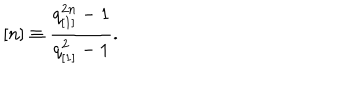
[ n ] \equiv \frac { q _ { [ 1 ] } ^ { 2 n } - 1 } { q _ { [ 1 ] } ^ { 2 } - 1 } .